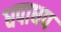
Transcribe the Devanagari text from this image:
धपाधप